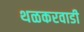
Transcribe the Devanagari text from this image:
थळकरवाडी